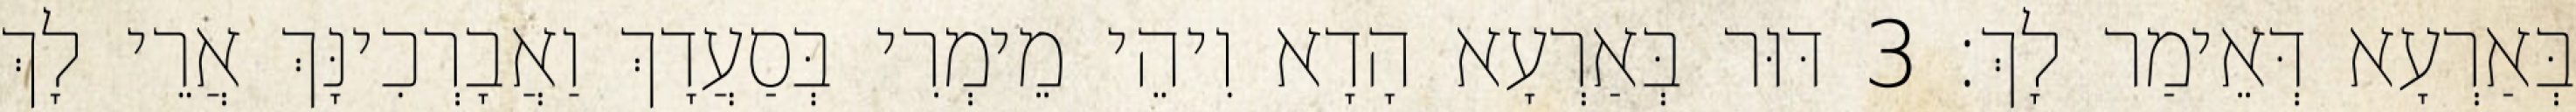
בְּאַרְעָא דְּאֵימַר לָךְ׃ 3 דּוּר בְּאַרְעָא הָדָא וִיהֵי מֵימְרִי בְּסַעֲדָךְ וַאֲבָרְכִינָּךְ אֲרֵי לָךְ